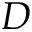
D